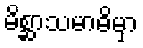
မိစ္ဆာသမာဓိမှာ